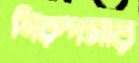
নিরুপমার